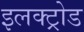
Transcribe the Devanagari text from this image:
इलक्ट्रोड